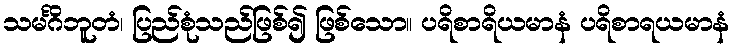
သမင်္ဂိဘူတံ၊ ပြည်စုံသည်ဖြစ်၍ ဖြစ်သော။ ပရိစာရိယမာနံ ပရိစာရယမာနံ